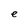
Character: e